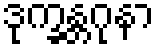
ဒုက္ခန္တဂုနာ